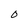
Character: O